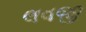
લવજી